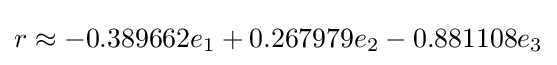
r\approx -0.389662e_{1}+0.267979e_{2}-0.881108e_{3}